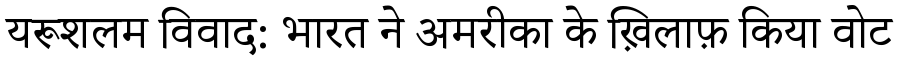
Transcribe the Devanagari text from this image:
यरूशलम विवाद: भारत ने अमरीका के ख़िलाफ़ किया वोट